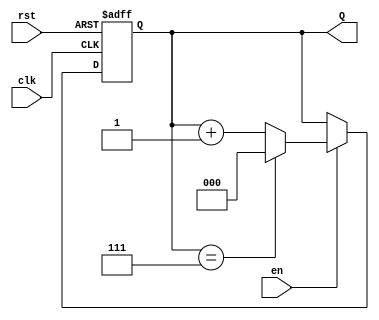
module binary_up_counter (
    input wire clk,        // Clock signal
    input wire rst,        // Asynchronous reset
    input wire en,         // Enable signal
    output reg [n-1:0] Q   // Counter output (n-bit)
);
    parameter n = 3;       // Number of bits for the counter (can be changed as needed)
    localparam MAX_COUNT = (1 << n) - 1; // Maximum count value for n bits

    // Asynchronous reset and counting logic
    always @(posedge clk or posedge rst) begin
        if (rst) begin
            Q <= 0; // Reset the counter to 0
        end else if (en) begin
            if (Q == MAX_COUNT) begin
                Q <= 0; // Wrap around to 0 if maximum count is reached
            end else begin
                Q <= Q + 1; // Increment the counter
            end
        end
    end
endmodule